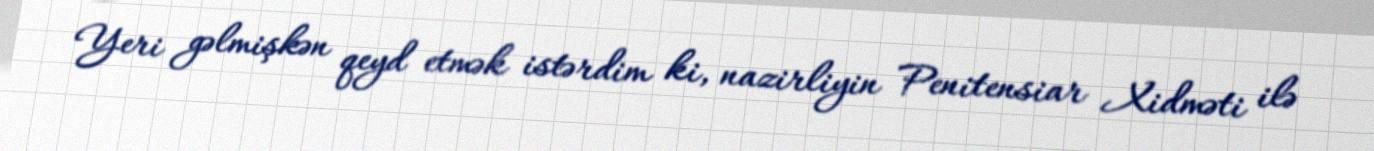
Yeri gəlmişkən qeyd etmək istərdim ki, nazirliyin Penitensiar Xidməti ilə